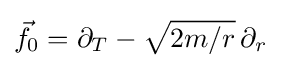
{\vec {f}}_{0}=\partial _{T}-{\sqrt {2m/r}}\,\partial _{r}